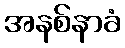
အနစ်နာခံ